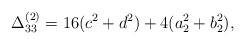
\begin{align*}\Delta_{33}^{(2)}= 16(c^{2}+d^{2})+4(a_{2}^{2}+b_{2}^{2}),\end{align*}